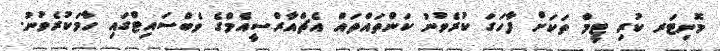
މޮނިޓަރ ކުރި ޓީމް ތަކަށް ފާހަގަ ކުރެވުނު ކަންތައްތައް އެޗްއާރްސީއެމްގެ ވެބްސައިޓްގައި ހާމަކުރެވުނު.